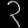
Digit: ၃